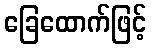
ခြေထောက်ဖြင့်